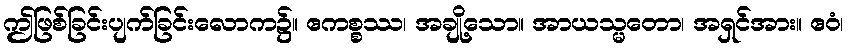
ဤဖြစ်ခြင်းပျက်ခြင်းလောက၌။ ဧကစ္စဿ၊ အချို့သော။ အာယသ္မတော၊ အရှင်အား။ ဧဝံ၊